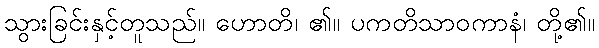
သွားခြင်းနှင့်တူသည်။ ဟောတိ၊ ၏။ ပကတိသာဝကာနံ၊ တို့၏။